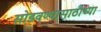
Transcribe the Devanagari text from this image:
सोडवण्यासाठीच्या